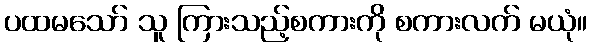
ပထမသော် သူ ကြားသည့်စကားကို စကားလက် မယုံ။